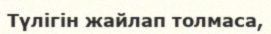
Түлігін жайлап толмаса,